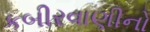
કબીરવાણીનો